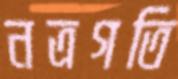
নত্রগতি